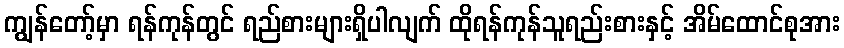
ကျွန်တော့်မှာ ရန်ကုန်တွင် ရည်စားများရှိပါလျက် ထိုရန်ကုန်သူရည်းစားနှင့် အိမ်ထောင်စုအား